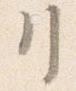
リ